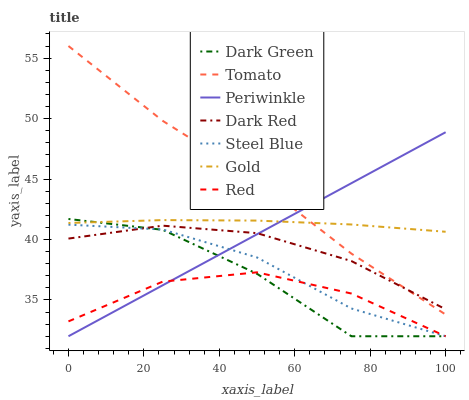
| xaxis_label | Dark Green | Tomato | Periwinkle | Dark Red | Steel Blue | Gold | Red |
 | --- | --- | --- | --- | --- | --- | --- | --- |
 | 0 | 41.7 | 56 | 32 | 40.1 | 41.2 | 41.4 | 33.2 |
 | 25 | 40.8 | 49.8 | 36.2 | 41.1 | 40.8 | 41.6 | 36.5 |
 | 50 | 37.2 | 44.9 | 40.4 | 40.5 | 38.5 | 41.6 | 37.3 |
 | 75 | 32 | 38.8 | 44.7 | 38.2 | 34.3 | 41.2 | 35.5 |
 | 100 | 32 | 33.8 | 48.9 | 34.2 | 32 | 40.6 | 32 |